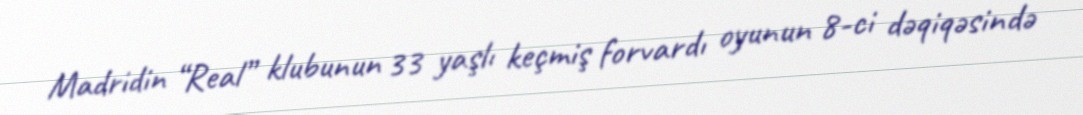
Madridin “Real” klubunun 33 yaşlı keçmiş forvardı oyunun 8-ci dəqiqəsində